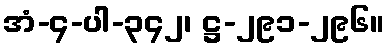
အံ-၄-ပါ-၃၄၂၊ ဋ္ဌ-၂၉၁-၂၉၆။